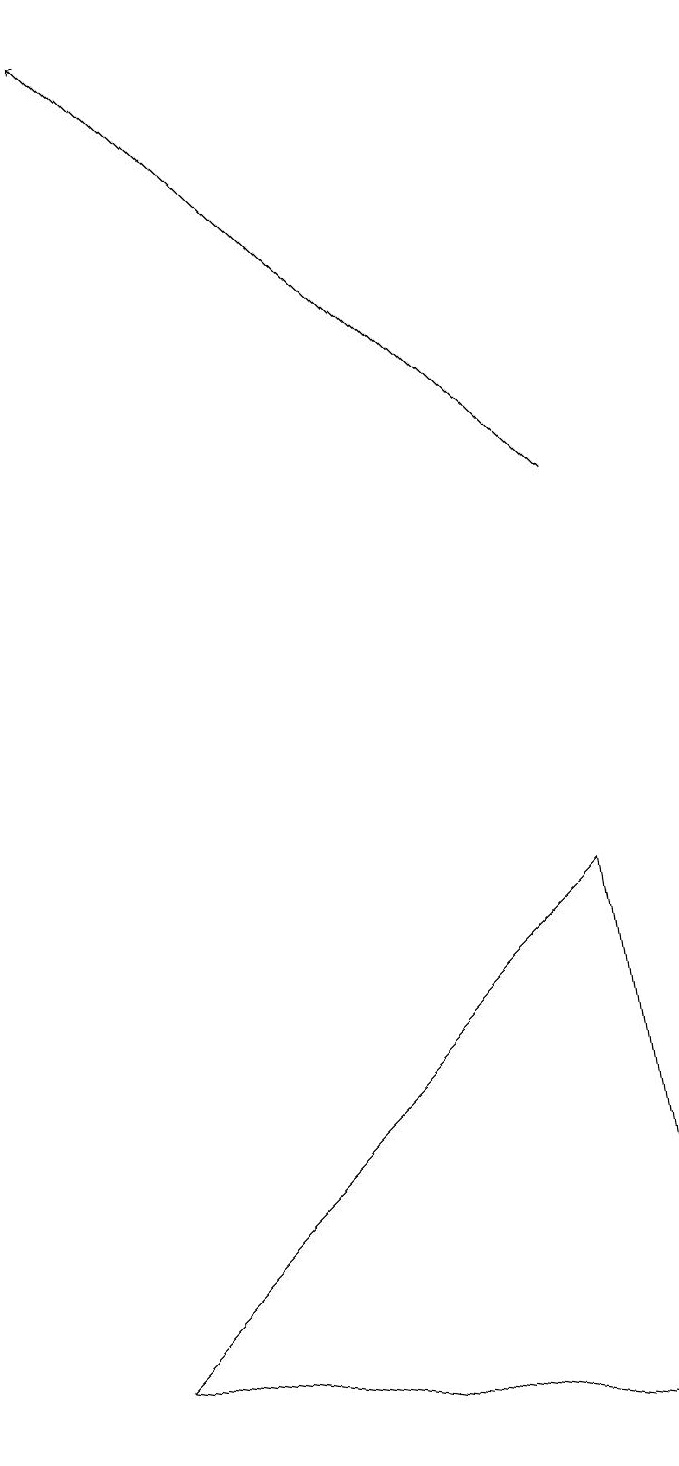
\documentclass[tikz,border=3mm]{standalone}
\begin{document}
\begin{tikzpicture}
\draw (1,13) rectangle (1,17);
\draw[->] (8,12) -- (2,18);
\draw (2,1) -- (8,7) -- (9,0) -- cycle;
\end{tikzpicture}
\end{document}